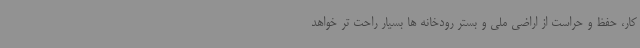
کار، حفظ و حراست از اراضی ملی و بستر رودخانه ها بسیار راحت تر خواهد